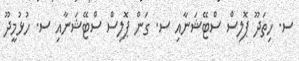
ސ. ހިތަދޫ ޕޮލިސް ސްޓޭޝަނާއި ސ. ގަން ޕޮލިސް ސްޓޭޝަނާއި ސ. ހުޅުމީދޫ